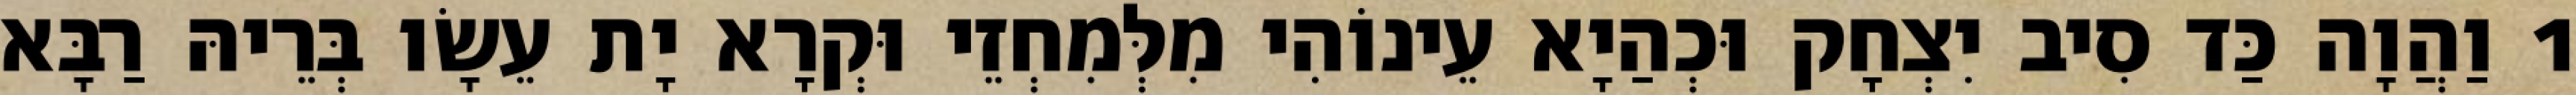
1 וַהֲוָה כַּד סִיב יִצְחָק וּכְהַיָא עֵינוֹהִי מִלְּמִחְזֵי וּקְרָא יָת עֵשָׂו בְּרֵיהּ רַבָּא